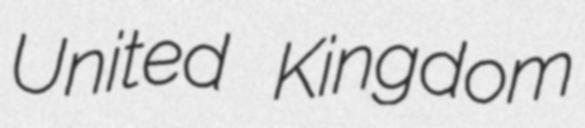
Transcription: United Kingdom